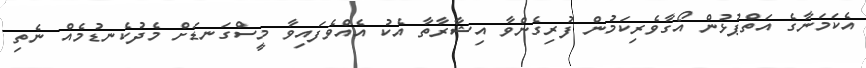
އެކަމަނާގެ އަތްޕުޅުން އޯގާވެރިކަމުން ފުރިގެންވާ އިޝާރާތާ އެކު އެއްވެފައިވާ މީސްގަނޑަށް މެދުކެނޑުމެއް ނެތި